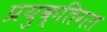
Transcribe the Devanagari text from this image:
प्रयुक्तिगत